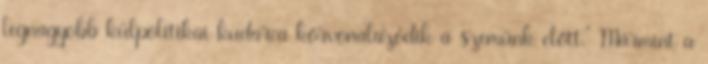
legnagyobb külpolitikai kudarca körvonalazódik a szemünk előtt.” Mármint a